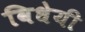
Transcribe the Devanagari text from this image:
विधेयी